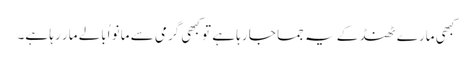
کبھی مارے ٹھنڈ کے یہ جما جا رہا ہے تو کبھی گرمی سے مانو اُبالے مار رہا ہے۔